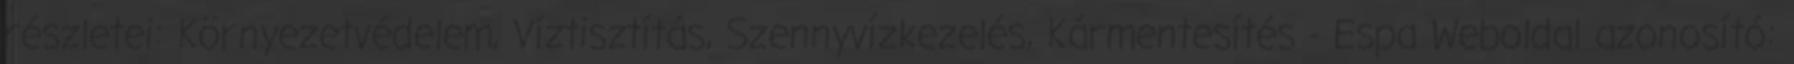
részletei: Környezetvédelem, Víztisztítás, Szennyvízkezelés, Kármentesítés - Espa Weboldal azonosító: